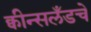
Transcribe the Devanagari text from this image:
क्वीन्सलँडचे